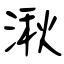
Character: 湫